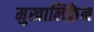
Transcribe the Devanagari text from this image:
मुखालिफ़ैन